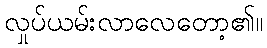
လှုပ်ယမ်းလာလေတော့၏။